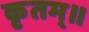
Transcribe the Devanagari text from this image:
कृतम्॥